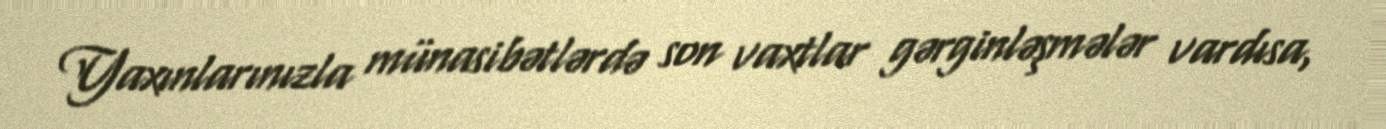
Yaxınlarınızla münasibətlərdə son vaxtlar gərginləşmələr vardısa,